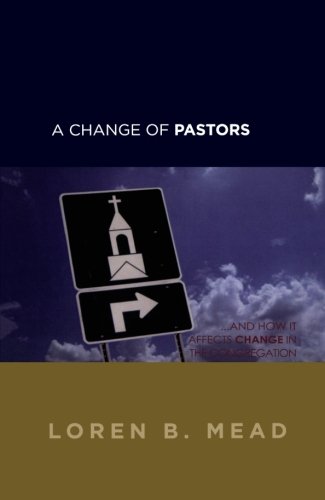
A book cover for A Change of Pastors ... and How it Affects Change in the Congregation; Loren B. Mead; Christian Books & Bibles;